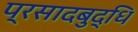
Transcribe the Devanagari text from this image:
प्रसादबुद्धि